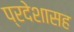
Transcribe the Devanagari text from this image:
प्रदेशासह